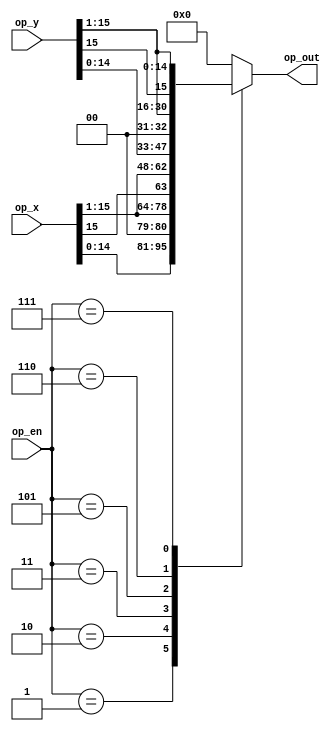
`timescale 1ns / 1ps
//////////////////////////////////////////////////////////////////////////////////
// Company: 
// Engineer: 
// 
// Design Name: 
// Module Name:    shifter_unit 
// Project Name: 
// Target Devices: 
// Tool versions: 
// Description: 
//
// Dependencies: 
//
// Revision: 
// Revision 0.01 - File Created
// Additional Comments: 
//0,
//////////////////////////////////////////////////////////////////////////////////
module shifter_unit(
input[15:0] op_x,
input[15:0] op_y,
input[2:0] op_en,
output reg[15:0] op_out
    );
//reg[16:0] op_out;
always@(*)
	begin
		case(op_en)
			3'b001:op_out<={op_x[14:0],1'b0};//
			3'b010:op_out<={1'b0,op_x[15:1]};//
			3'b011:op_out<={op_x[15],op_x[15:1]};//
			3'b101:op_out<={op_y[14:0],1'b0};//
			3'b110:op_out<={1'b0,op_y[15:1]};//
			3'b111:op_out<={op_y[15],op_y[15:1]};//
			default:
				op_out<=16'b0;
		endcase
			
	end

endmodule